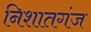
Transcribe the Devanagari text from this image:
निशातगंज